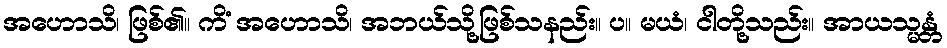
အဟောသိ၊ ဖြစ်၏။ ကိံ အဟောသိ၊ အဘယ်သို့ဖြစ်သနည်း။ ပ။ မယံ၊ ငါတို့သည်း။ အာယသ္မန္တံ